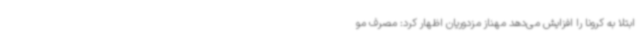
ابتلا به کرونا را افزایش می‌دهد مهناز مزدوریان اظهار کرد: مصرف مو